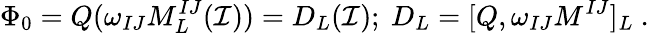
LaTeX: \Phi_{0}=Q(\omega_{IJ}M_{L}^{IJ}(\mathcal{I}))=D_{L}(\mathcal{I});\ D_{L}=[Q,\omega_{IJ}M^{IJ}]_{L}\ .